Vaccination in Bombay 1924-1928 - 1924-1928
Year: 1924
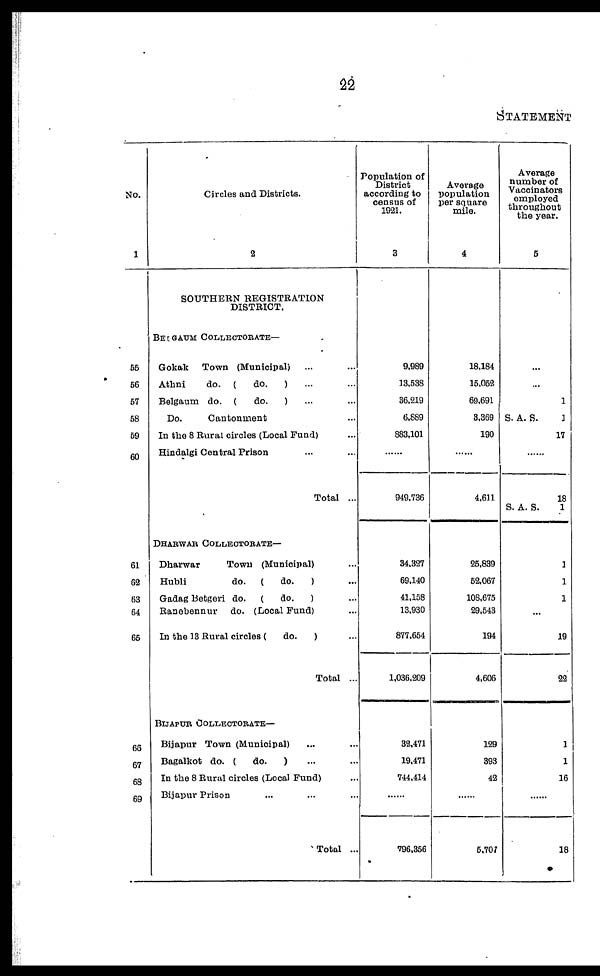
22
STATEMENT
No.
1
55
56
57
58
59
60
61
62
63
64
65
66
67
68
69
Circles and Districts.
2
SOUTHERN REGISTRATION
DISTRICT.
BELGAUM COLLECTORATE—
Gokak
Town (Municipal) ... ...
Athni
do. (
do.
) ... ...
Belgaum do. (
do.
) ... ...
Do.
Cantonment ...
In the 8 Rural circles (Local Fund) ...
Hindalgi Central Prison ... ...
Total ...
DHARWAR COLLECTORATE—
Dharwar
Town (Municipal) ...
Hubli
do.
(
do.
) ...
Gadag Betgeri do.
(
do.
) ...
Ranebennur
do. (Local Fund) ...
In the 13 Rural circles (
do.
) ...
Total ...
BIJAPUR COLLECTORATE—
Bijapur Town (Municipal) ... ...
Bagalkot do. (
do.
) ... ...
In the 8 Rural circles (Local Fund) ...
Bijapur Prison ... ... ...
Total ...
Population of
District
according to
census of
1921.
3
9,989
13,538
36,219
6,889
883,101
......
949,736
34,327
69,140
41,158
13,930
877,654
1,036,209
32,471
19,471
744,414
......
796,356
Average
population
per square
mile.
4
18,184
15,052
69,691
3,369
190
......
4,611
25,839
52,067
108,675
29,543
194
4,606
129
393
42
......
5,707
Average
number of
Vaccinators
employed
throughout
the year.
5
...
...
1
S. A. S.
1
17
......
S. A. S.
18
1
1
1
1
...
19
22
1
1
16
......
18